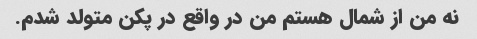
نه من از شمال هستم من در واقع در پکن متولد شدم.